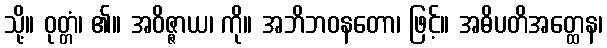
သို့။ ဝုတ္တံ၊ ၏။ အဝိဇ္ဇာယ၊ ကို။ အဘိဘဝနတော၊ ဖြင့်။ အဓိပတိအတ္ထေန၊